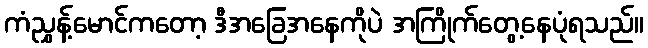
ကံညွှန့်မောင်ကတော့ ဒီအခြေအနေကိုပဲ အကြိုက်တွေ့နေပုံရသည်။